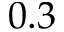
0 . 3